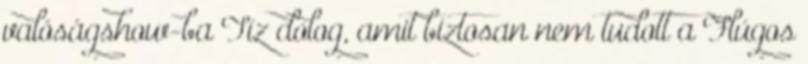
valóságshow-ba Tíz dolog, amit biztosan nem tudott a Flúgos